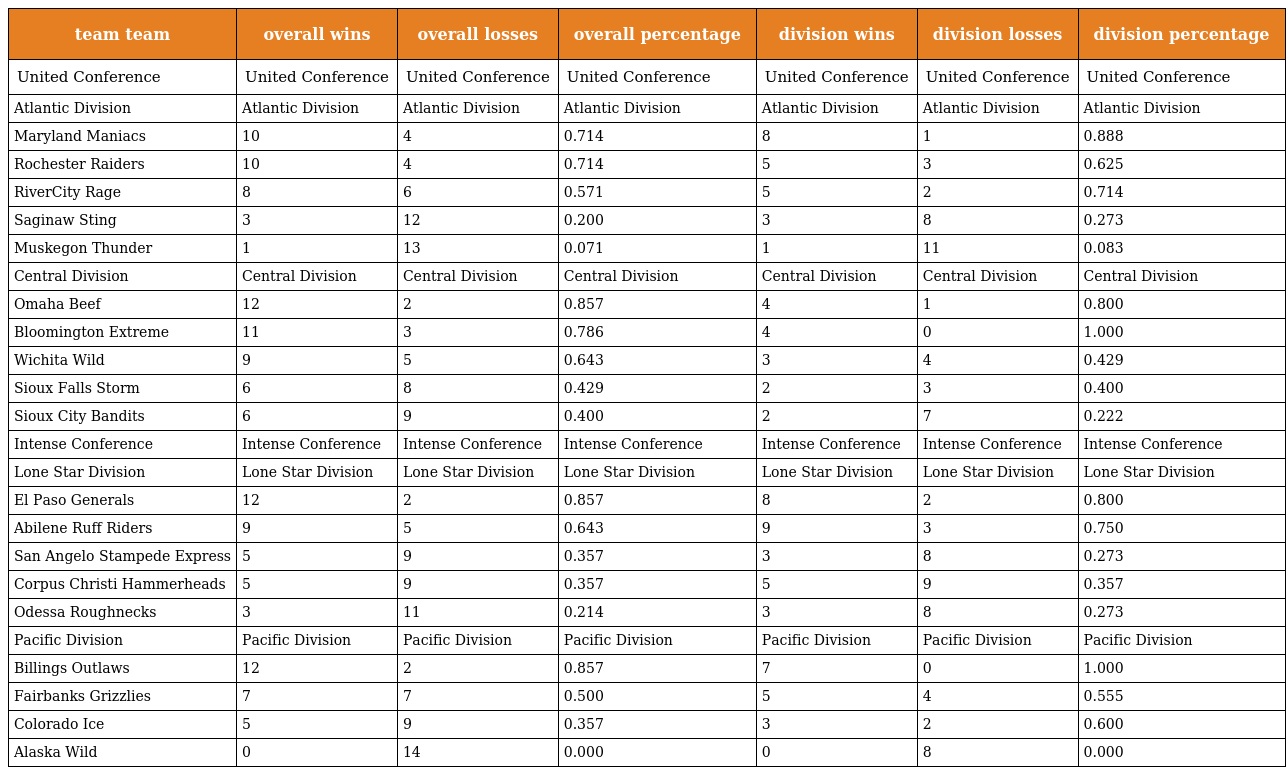
| team team | overall wins | overall losses | overall percentage | division wins | division losses | division percentage |
 | --- | --- | --- | --- | --- | --- | --- |
 | United Conference | United Conference | United Conference | United Conference | United Conference | United Conference | United Conference |
 | Atlantic Division | Atlantic Division | Atlantic Division | Atlantic Division | Atlantic Division | Atlantic Division | Atlantic Division |
 | Maryland Maniacs | 10 | 4 | 0.714 | 8 | 1 | 0.888 |
 | Rochester Raiders | 10 | 4 | 0.714 | 5 | 3 | 0.625 |
 | RiverCity Rage | 8 | 6 | 0.571 | 5 | 2 | 0.714 |
 | Saginaw Sting | 3 | 12 | 0.200 | 3 | 8 | 0.273 |
 | Muskegon Thunder | 1 | 13 | 0.071 | 1 | 11 | 0.083 |
 | Central Division | Central Division | Central Division | Central Division | Central Division | Central Division | Central Division |
 | Omaha Beef | 12 | 2 | 0.857 | 4 | 1 | 0.800 |
 | Bloomington Extreme | 11 | 3 | 0.786 | 4 | 0 | 1.000 |
 | Wichita Wild | 9 | 5 | 0.643 | 3 | 4 | 0.429 |
 | Sioux Falls Storm | 6 | 8 | 0.429 | 2 | 3 | 0.400 |
 | Sioux City Bandits | 6 | 9 | 0.400 | 2 | 7 | 0.222 |
 | Intense Conference | Intense Conference | Intense Conference | Intense Conference | Intense Conference | Intense Conference | Intense Conference |
 | Lone Star Division | Lone Star Division | Lone Star Division | Lone Star Division | Lone Star Division | Lone Star Division | Lone Star Division |
 | El Paso Generals | 12 | 2 | 0.857 | 8 | 2 | 0.800 |
 | Abilene Ruff Riders | 9 | 5 | 0.643 | 9 | 3 | 0.750 |
 | San Angelo Stampede Express | 5 | 9 | 0.357 | 3 | 8 | 0.273 |
 | Corpus Christi Hammerheads | 5 | 9 | 0.357 | 5 | 9 | 0.357 |
 | Odessa Roughnecks | 3 | 11 | 0.214 | 3 | 8 | 0.273 |
 | Pacific Division | Pacific Division | Pacific Division | Pacific Division | Pacific Division | Pacific Division | Pacific Division |
 | Billings Outlaws | 12 | 2 | 0.857 | 7 | 0 | 1.000 |
 | Fairbanks Grizzlies | 7 | 7 | 0.500 | 5 | 4 | 0.555 |
 | Colorado Ice | 5 | 9 | 0.357 | 3 | 2 | 0.600 |
 | Alaska Wild | 0 | 14 | 0.000 | 0 | 8 | 0.000 |